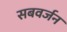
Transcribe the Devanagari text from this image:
सबवर्जन